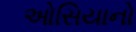
ઓસિયાનો